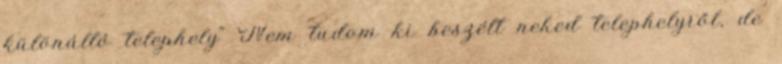
különálló telephely" Nem tudom ki beszélt neked telephelyről, de